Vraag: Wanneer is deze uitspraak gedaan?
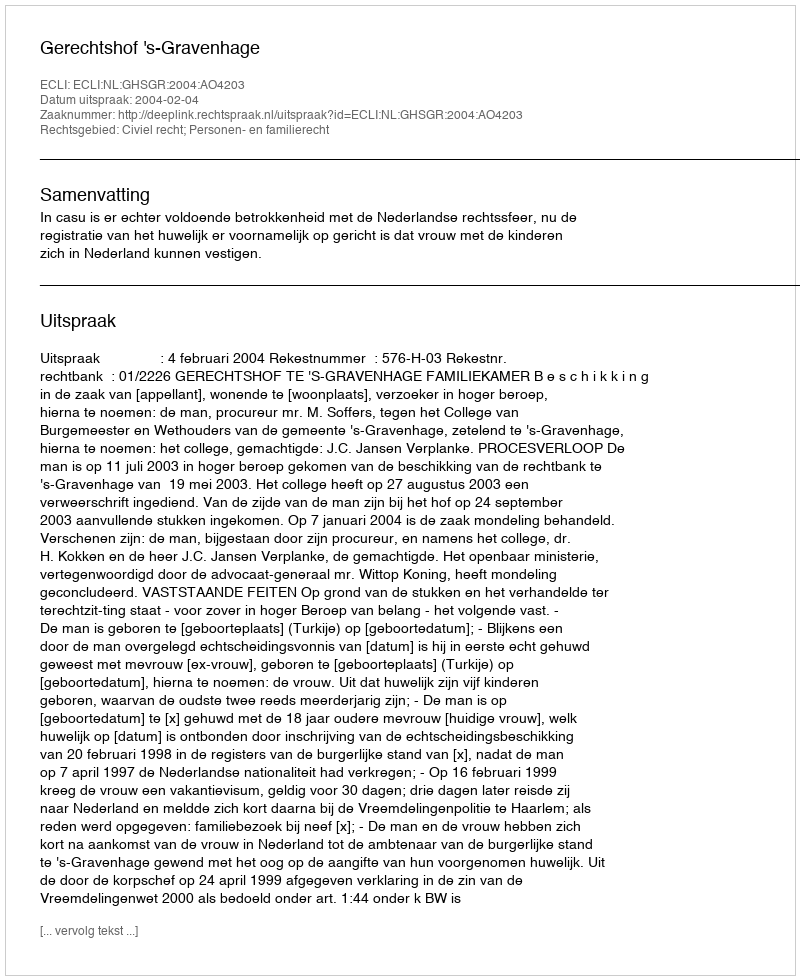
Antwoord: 2004-02-04